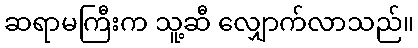
ဆရာမကြီးက သူ့ဆီ လျှောက်လာသည်။